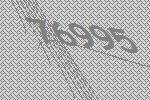
76995